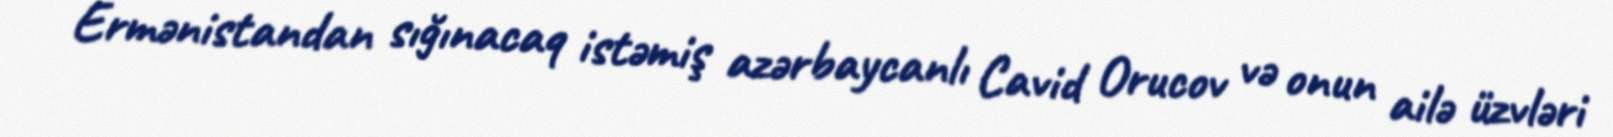
Ermənistandan sığınacaq istəmiş azərbaycanlı Cavid Orucov və onun ailə üzvləri